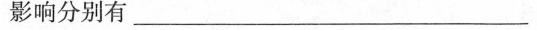
影响分别有______